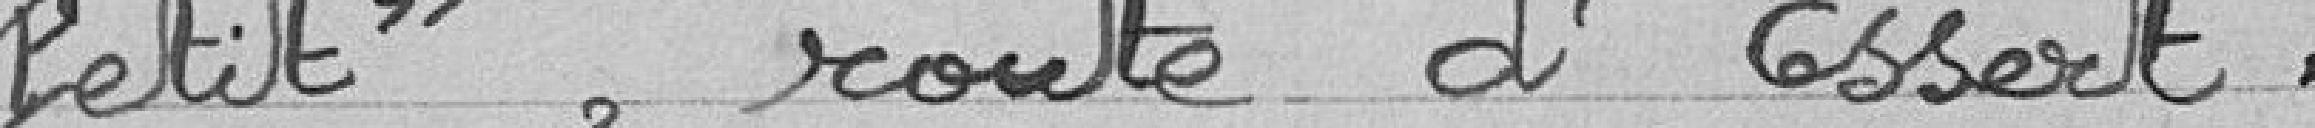
Petit", route d'Essert